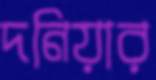
দনিয়ার